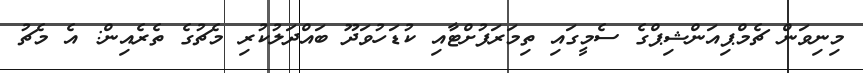
މިނިވަން ޗެމްޕިއަންޝިޕްގެ ސެމީގައި ތިމަރަފުށްޓާއި ކުޑަހުވަދޫ ބައްދަލުކުރި މެޗުގެ ތެރެއިން: އެ މެޗު